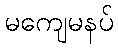
မကျေမနပ်